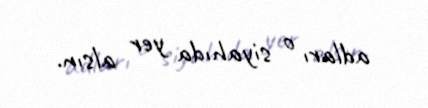
adları o siyahıda yer alsın.